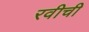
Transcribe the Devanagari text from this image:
रवीची